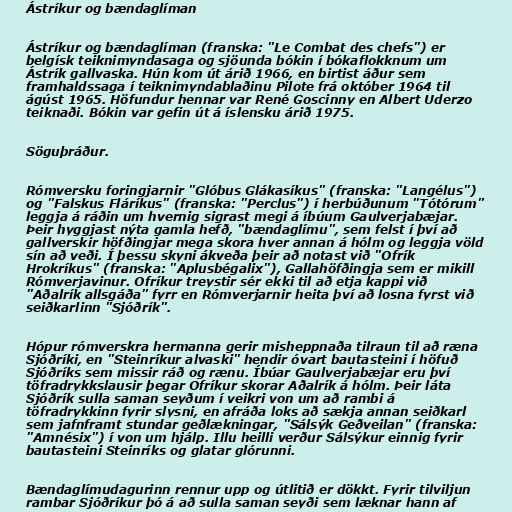
Ástríkur og bændaglíman

Ástríkur og bændaglíman (franska: "Le Combat des chefs") er
belgísk teiknimyndasaga og sjöunda bókin í bókaflokknum um
Ástrík gallvaska. Hún kom út árið 1966, en birtist áður sem
framhaldssaga í teiknimyndablaðinu Pilote frá október 1964 til
ágúst 1965. Höfundur hennar var René Goscinny en Albert Uderzo
teiknaði. Bókin var gefin út á íslensku árið 1975.

Söguþráður.

Rómversku foringjarnir "Glóbus Glákasíkus" (franska: "Langélus")
og "Falskus Fláríkus" (franska: "Perclus") í herbúðunum "Tótórum"
leggja á ráðin um hvernig sigrast megi á íbúum Gaulverjabæjar.
Þeir hyggjast nýta gamla hefð, "bændaglímu", sem felst í því að
gallverskir höfðingjar mega skora hver annan á hólm og leggja völd
sín að veði. Í þessu skyni ákveða þeir að notast við "Ofrík
Hrokríkus" (franska: "Aplusbégalix"), Gallahöfðingja sem er mikill
Rómverjavinur. Ofríkur treystir sér ekki til að etja kappi við
"Aðalrík allsgáða" fyrr en Rómverjarnir heita því að losna fyrst við
seiðkarlinn "Sjóðrík".

Hópur rómverskra hermanna gerir misheppnaða tilraun til að ræna
Sjóðríki, en "Steinríkur alvaski" hendir óvart bautasteini í höfuð
Sjóðríks sem missir ráð og rænu. Íbúar Gaulverjabæjar eru því
töfradrykkslausir þegar Ofríkur skorar Aðalrík á hólm. Þeir láta
Sjóðrík sulla saman seyðum í veikri von um að rambi á
töfradrykkinn fyrir slysni, en afráða loks að sækja annan seiðkarl
sem jafnframt stundar geðlækningar, "Sálsýk Geðveilan" (franska:
"Amnésix") í von um hjálp. Illu heilli verður Sálsýkur einnig fyrir
bautasteini Steinríks og glatar glórunni.

Bændaglímudagurinn rennur upp og útlitið er dökkt. Fyrir tilviljun
rambar Sjóðríkur þó á að sulla saman seyði sem læknar hann af